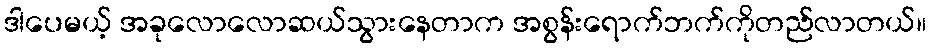
ဒါပေမယ့် အခုလောလောဆယ်သွားနေတာက အစွန်းရောက်ဘက်ကိုတည်လာတယ်။